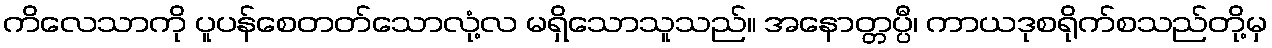
ကိလေသာကို ပူပန်စေတတ်သောလုံ့လ မရှိသောသူသည်။ အနောတ္တပ္ပီ၊ ကာယဒုစရိုက်စသည်တို့မှ